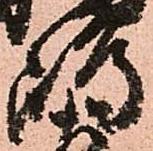
嶋